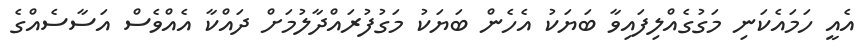
އެއީ ހަމައެކަނި މަގުގެއްލިފައިވާ ބަޔަކު އެހެން ބަޔަކު މަގުފުރައްދާލުމަށް ދައްކާ އެއްވެސް އަސާސެއްގެ